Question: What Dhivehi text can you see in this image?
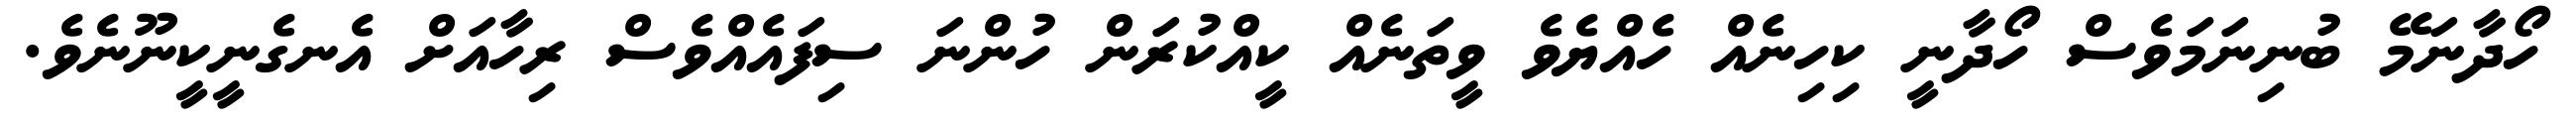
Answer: ހޯދާނަމޭ ބުނިނަމަވެސް ހޯދާނީ ކިހިނެއް ހެއްޔެވެ ވީތަނެއް ކީއްކުރަން ހުންނަ ސިފައެއްވެސް ރިހާއަށް އެނގެނީކީނޫނެވެ.